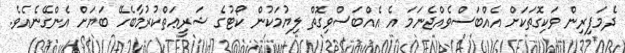
ދެމަފިރިން ވަކިގޮތަކަށް އެއްބަސްވެއްޖެނަމަ އެ އެއްބަސްވިގޮތް ލިޔުމަކުން ކޯޓުގެ ޝަރީޢަތްކުރުމާބެހޭ ބަޔަށް އެންގޭނެއެވެ.